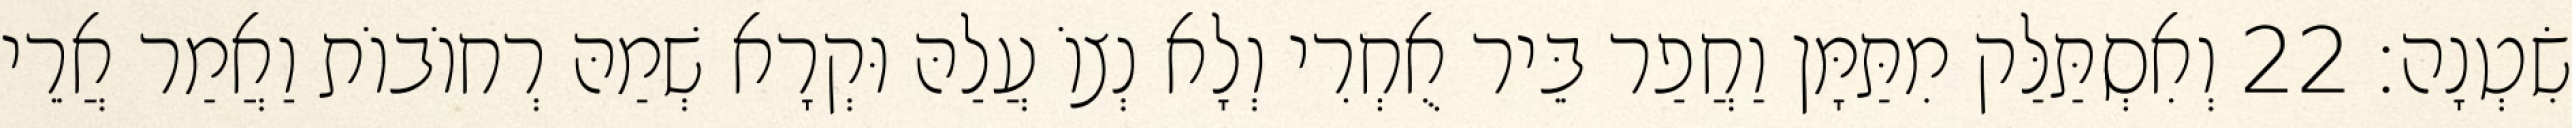
שִׂטְנָה׃ 22 וְאִסְתַּלַּק מִתַּמָּן וַחֲפַר בֵּיר אֻחְרִי וְלָא נְצוֹ עֲלַהּ וּקְרָא שְׁמַהּ רְחוֹבוֹת וַאֲמַר אֲרֵי